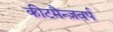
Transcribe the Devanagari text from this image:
कीटमैन्ज़वर्प